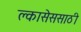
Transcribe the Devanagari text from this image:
क्लासेससाठी